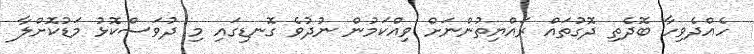
ހެއްދެވިހާ ބޮދެތި ދޮގުތައް ރައްޔިތުންނަށް ވިއްކަމުން ނުދުވެ ގޮނޑިގައި މި ދުވަސްކޮޅު މަޑުކޮށްލާ